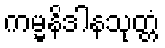
ကမ္မနိဒါနသုတ္တံ